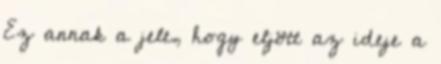
Ez annak a jele, hogy eljött az ideje a